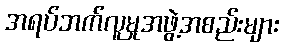
အရပ်ဘက်လူမှုအဖွဲ့အစည်းများ